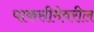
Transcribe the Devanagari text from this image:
पाकसीमेवरील